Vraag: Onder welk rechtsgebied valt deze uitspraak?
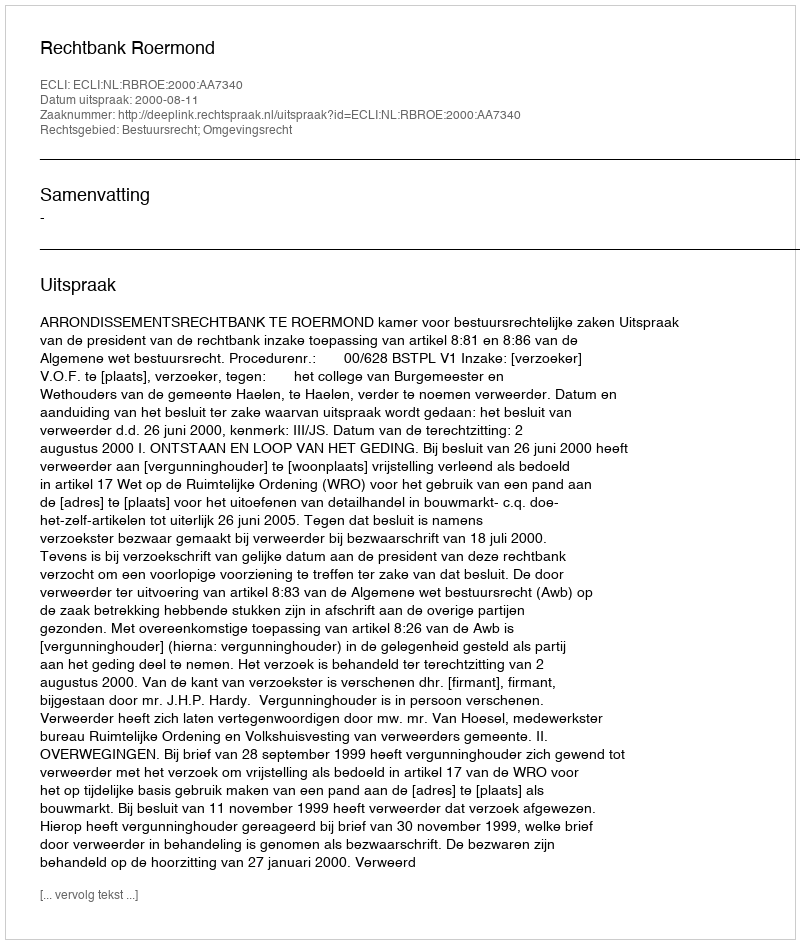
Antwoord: Bestuursrecht; Omgevingsrecht